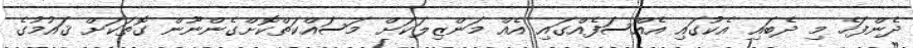
ދެންފަހެ މި ދެބައި އެކުގައި އެއްސަފެއްގައި އެއް މަންޒިލަކަށް މަސައްކަތްކޮށްގެންނޫން ގޮތަކަށް ޤައުމުގެ